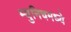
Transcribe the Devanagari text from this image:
म्युनिचमध्ये